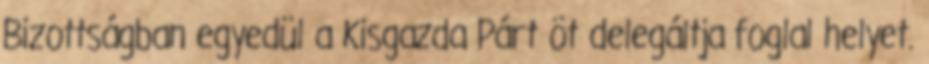
Bizottságban egyedül a Kisgazda Párt öt delegáltja foglal helyet.